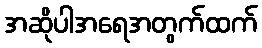
အဆိုပါအရေအတွက်ထက်